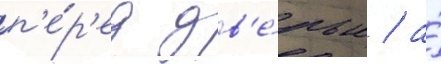
п'е́р'ед дв'е́рью / а́